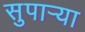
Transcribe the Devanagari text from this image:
सुपार्‍या